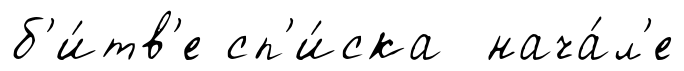
б'и́тв'е сп'и́ска нача́л'е